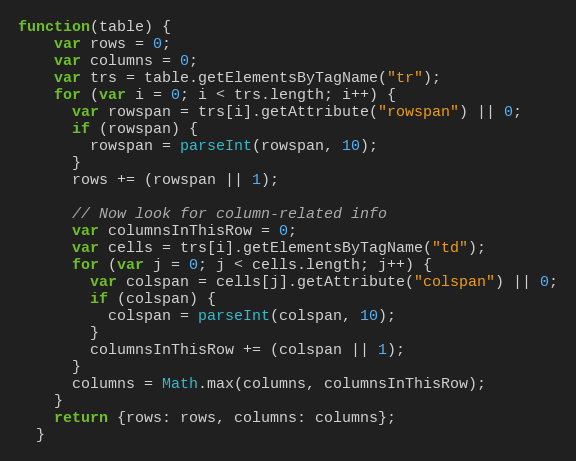
Language: JavaScript
function(table) {
    var rows = 0;
    var columns = 0;
    var trs = table.getElementsByTagName("tr");
    for (var i = 0; i < trs.length; i++) {
      var rowspan = trs[i].getAttribute("rowspan") || 0;
      if (rowspan) {
        rowspan = parseInt(rowspan, 10);
      }
      rows += (rowspan || 1);

      // Now look for column-related info
      var columnsInThisRow = 0;
      var cells = trs[i].getElementsByTagName("td");
      for (var j = 0; j < cells.length; j++) {
        var colspan = cells[j].getAttribute("colspan") || 0;
        if (colspan) {
          colspan = parseInt(colspan, 10);
        }
        columnsInThisRow += (colspan || 1);
      }
      columns = Math.max(columns, columnsInThisRow);
    }
    return {rows: rows, columns: columns};
  }